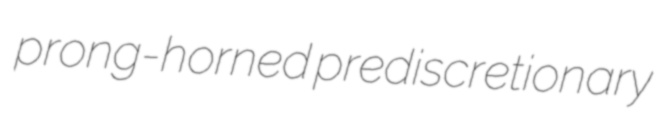
prong-horned prediscretionary